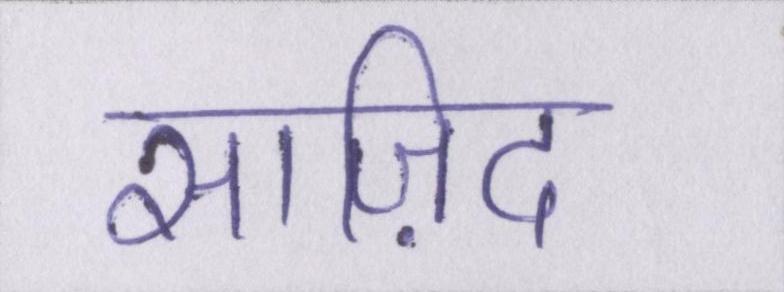
साज़िद